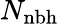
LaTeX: N_{\mathrm{nbh}}